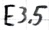
Text: E3.5